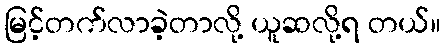
မြင့်တက်လာခဲ့တာလို့ ယူဆလို့ရ တယ်။